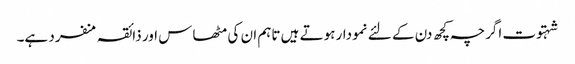
شہتوت اگرچہ کچھ دن کے لئے نمودار ہوتے ہیں تاہم ان کی مٹھاس اور ذائقہ منفرد ہے۔